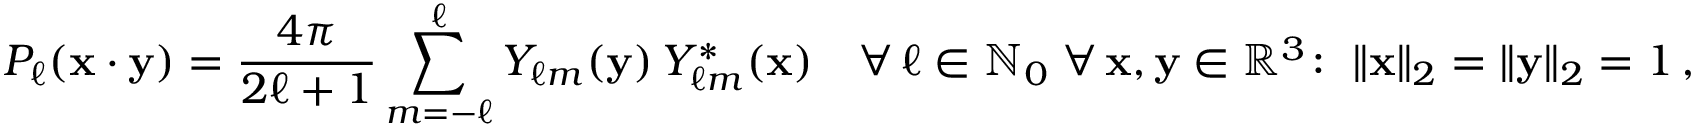
P _ { \ell } ( \mathbf { x } \cdot \mathbf { y } ) = { \frac { 4 \pi } { 2 \ell + 1 } } \sum _ { m = - \ell } ^ { \ell } Y _ { \ell m } ( \mathbf { y } ) \, Y _ { \ell m } ^ { * } ( \mathbf { x } ) \quad \forall \, \ell \in \mathbb { N } _ { 0 } \; \forall \, \mathbf { x } , \mathbf { y } \in \mathbb { R } ^ { 3 } \colon \; \| \mathbf { x } \| _ { 2 } = \| \mathbf { y } \| _ { 2 } = 1 \, ,